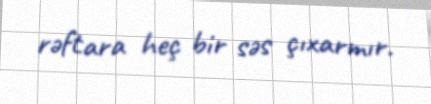
rəftara heç bir səs çıxarmır.